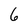
Character: 6